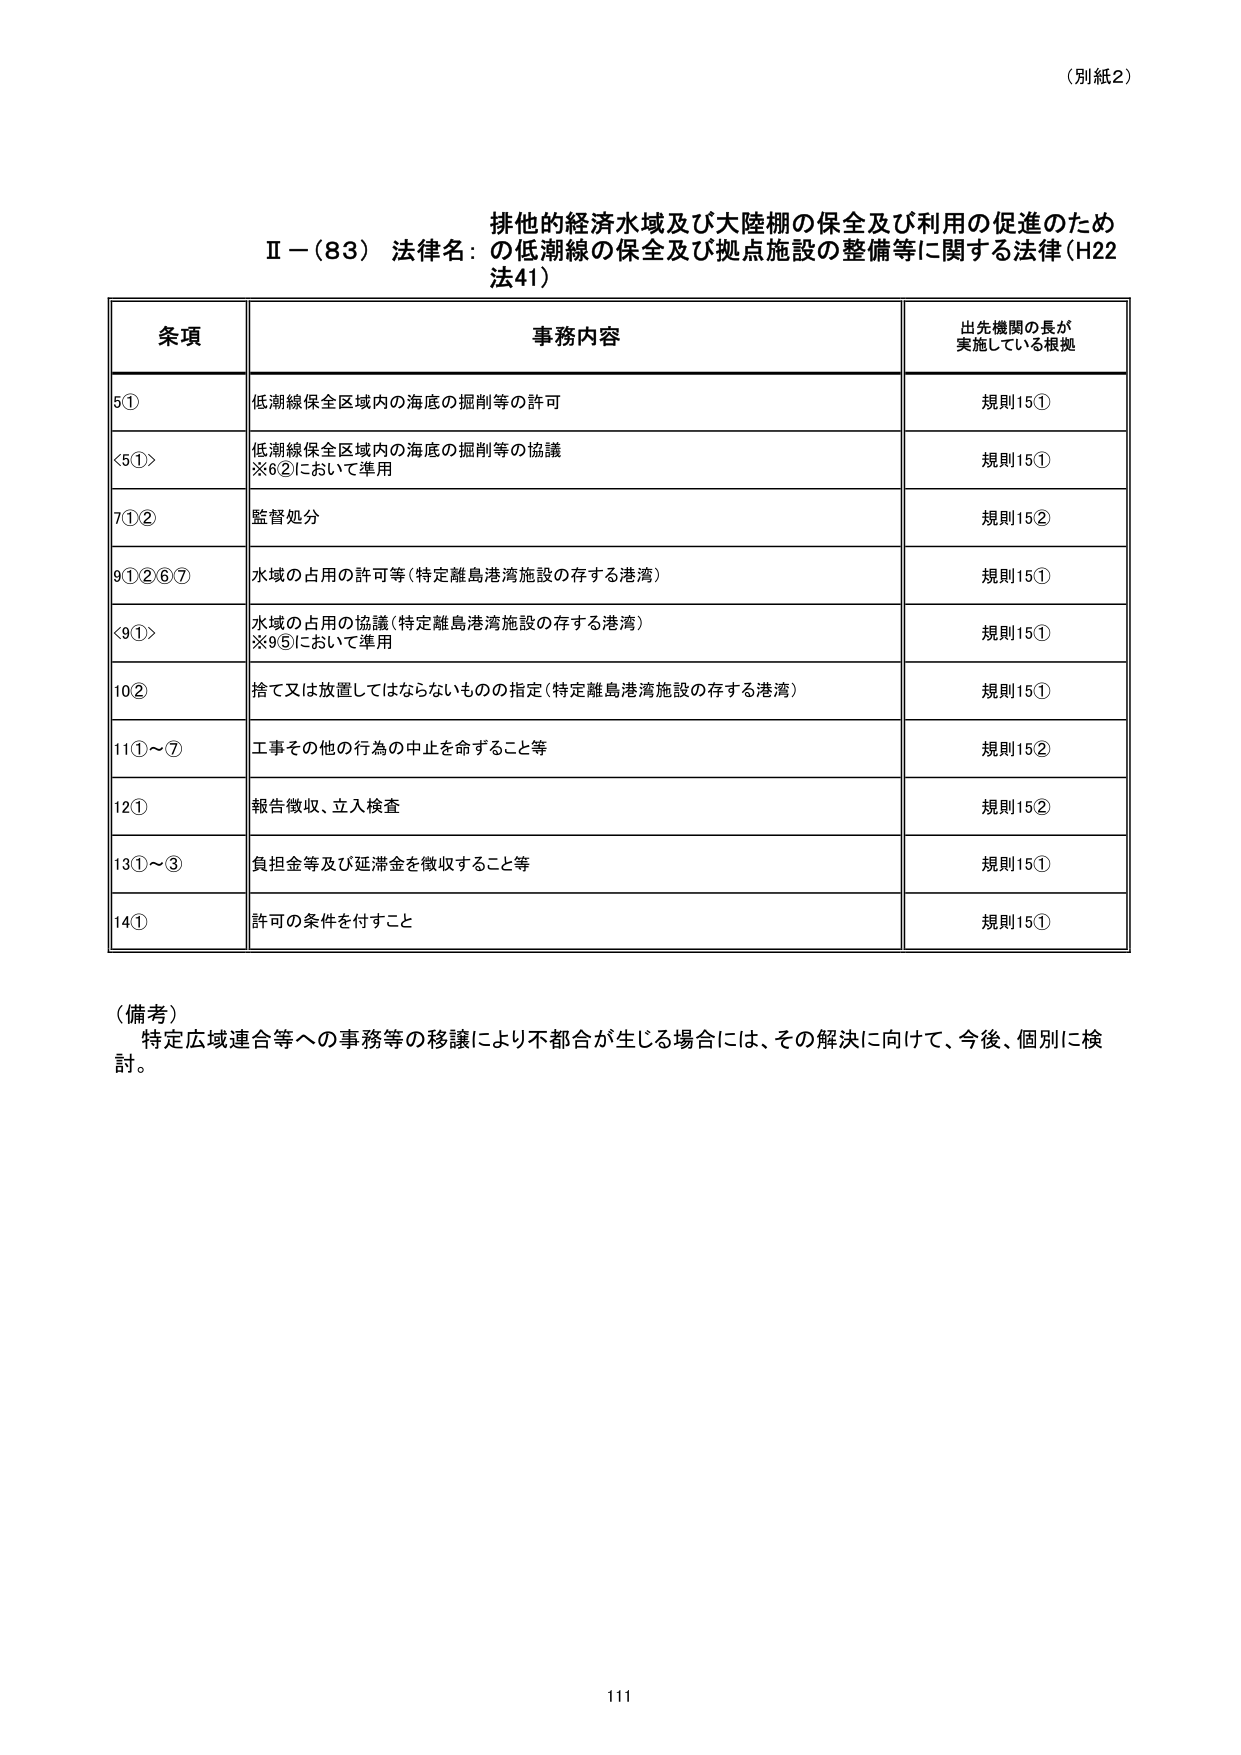
（別紙2）

排他的経済水域及び大陸棚の保全及び利用の促進のため
Ⅱ－（83） 法律名：の低潮線の保全及び拠点施設の整備等に関する法律（H22
法41）

条項 事務内容 出先機関の長が
実施している根拠

5① 低潮線保全区域内の海底の掘削等の許可 規則15①

<5①> 低潮線保全区域内の海底の掘削等の協議
※6②において準用 規則15①

7①② 監督処分 規則15②

9①②⑥⑦ 水域の占用の許可等（特定離島港湾施設の存する港湾） 規則15①

<9①> 水域の占用の協議（特定離島港湾施設の存する港湾）
※9⑤において準用 規則15①

10② 捨て又は放置してはならないものの指定（特定離島港湾施設の存する港湾） 規則15①

11①～⑦ 工事その他の行為の中止を命ずること等 規則15②

12① 報告徴収、立入検査 規則15②

13①～③ 負担金等及び延滞金を徴収すること等 規則15①

14① 許可の条件を付すこと 規則15①

（備考）
特定広域連合等への事務等の移譲により不都合が生じる場合には、その解決に向けて、今後、個別に検討。

111